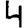
Digit: 4